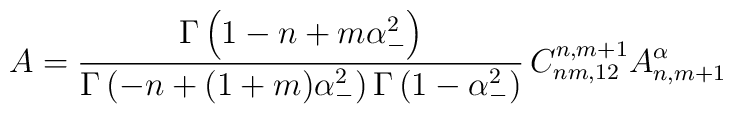
A=\frac{\Gamma \left(1-n+m\alpha _{-}^{2} \right)}{\Gamma \left(-n+(1+m)\alpha _{-}^{2} \right)\Gamma\left(1-\alpha _{-}^{2} \right)}\,C_{nm,12}^{n,m+1}A_{n,m+1}^{\alpha}